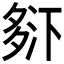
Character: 𰋒